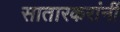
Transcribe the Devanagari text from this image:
सातारकरांनीं